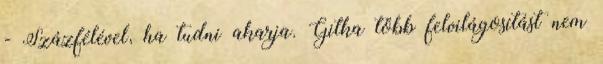
- Százfélével, ha tudni akarja. Gitka több felvilágosítást nem